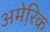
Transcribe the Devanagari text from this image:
अमेरि़क